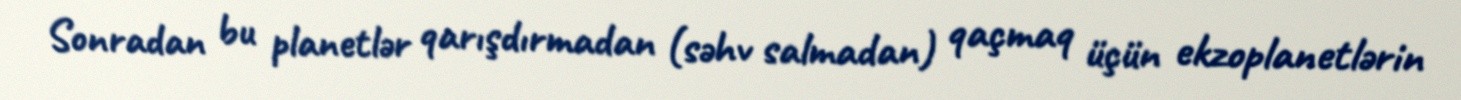
Sonradan bu planetlər qarışdırmadan (səhv salmadan) qaçmaq üçün ekzoplanetlərin